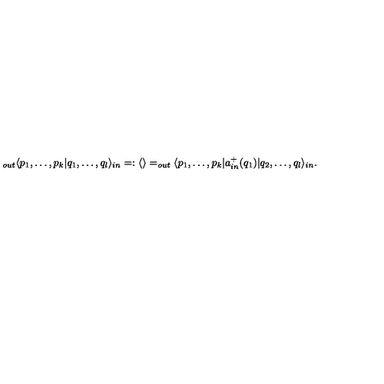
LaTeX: _ { o u t } \langle p _ { 1 } , \dots , p _ { k } | q _ { 1 } , \dots , q _ { l } \rangle _ { i n } = : \langle \rangle = _ { o u t } \langle p _ { 1 } , \dots , p _ { k } | a _ { i n } ^ { + } ( q _ { 1 } ) | q _ { 2 } , \dots , q _ { l } \rangle _ { i n } .